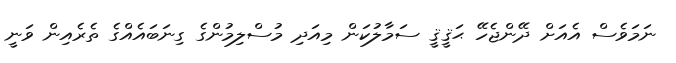
ނަމަވެސް އެއަށް ދޭންޖެހޭ ޙަޤީޤީ ސަމާލުކަން މިއަދި މުސްލިމުންގެ ގިނަބައެއްގެ ތެރެއިން ވަނީ